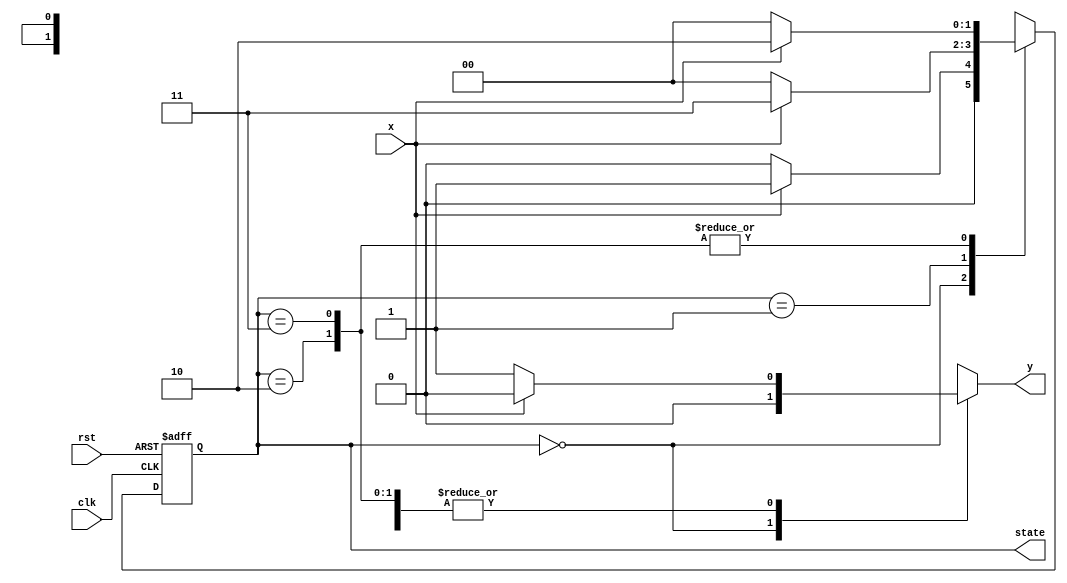
`timescale 1ns / 1ps

module statemachine(
input clk,rst,x,
output reg [1:0] state,
output reg y
    );
    
    reg [1:0] n_state;
    
 always @(posedge clk or negedge rst) begin
    if(!rst)
        state <= 2'b00;
    else
        state <= n_state;
 end
    
    
 always @(*) begin
        case(state)
            2'b00: n_state = x? 2'b01 : 2'b00;
            2'b01: n_state = x? 2'b11 : 2'b00;
            2'b10: n_state = x? 2'b10 : 2'b00;
            2'b11: n_state = x? 2'b10 : 2'b00;
        endcase
 end 
 
 always @(*) begin
        case(state)
            2'b00: y = 1'b0;
            2'b01: y = x? 1'b0 : 1'b1;
            2'b10: y = x? 1'b0 : 1'b1;
            2'b11: y = x? 1'b0 : 1'b1;
        endcase
end
 endmodule